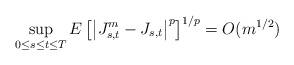
LaTeX: \begin{align*}\sup_{0\leq s\leq t\leq T}E\left[\left|J_{s,t}^m-J_{s,t}\right|^p\right]^{1/p}=O(m^{1/2})\end{align*}